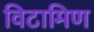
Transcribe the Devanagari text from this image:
विटामिण